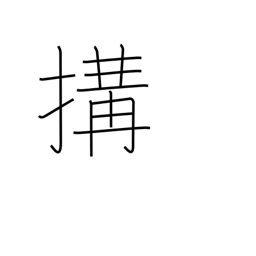
Meaning: cause